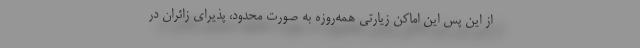
از این پس این اماکن زیارتی همه‌روزه به صورت محدود، پذیرای زائران در